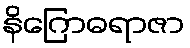
နိဂြောဓရာဇာ